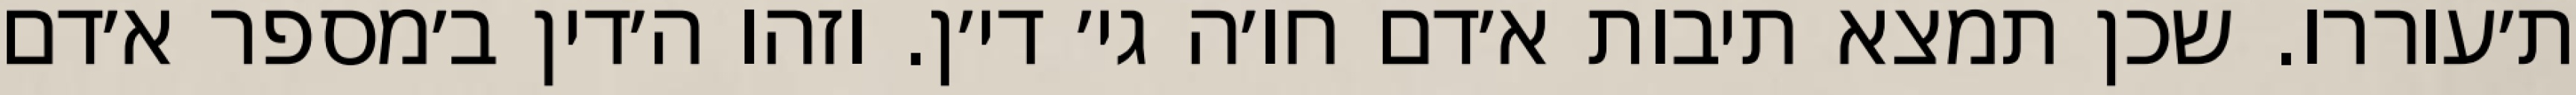
ת׳עוררו. שכן תמצא תיבות א׳דם חו׳ה גי׳ די׳ן. וזהו ה׳דין ב׳מספר א׳דם